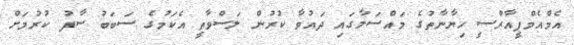
އެމްއެމްޕީއާރްސީ ހިޔާނާތުގެ މައްސަލާގައި ދައުވާ ކުރުން ލަސްވާތީ އެކަމުގެ ސަބަބު ސާފު ކުރުމަށް